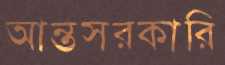
আন্তসরকারি